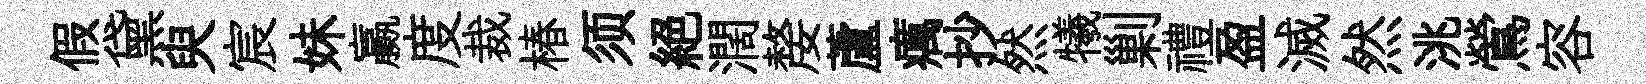
假黛臾宸妹贏度裁椿须絶濶嫠蘆癘抄然犧剿禮盈滅然洮鶯容